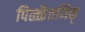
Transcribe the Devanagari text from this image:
पिळ्ळैत्तमिऴ्